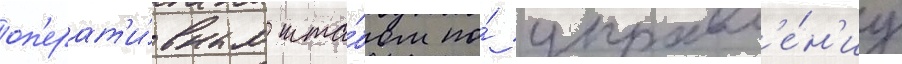
оп'ерат'и́вным шта́бом по́ управл'е́н'иу